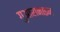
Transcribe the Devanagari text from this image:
गुआरानाइन